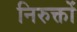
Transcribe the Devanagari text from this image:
निरुक्तों